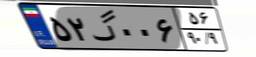
۱۷گ۸۶۴۵۳